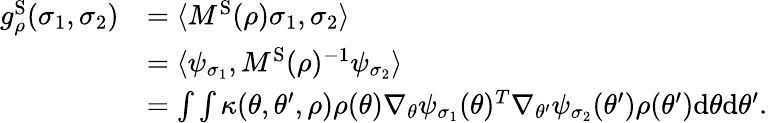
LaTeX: \begin{array}{rl}{g_{\rho}^{\mathrm{S}}(\sigma_{1},\sigma_{2})}&{=\langle M^{\mathrm{S}}(\rho)\sigma_{1},\sigma_{2}\rangle}\\ &{=\langle\psi_{\sigma_{1}},M^{\mathrm{S}}(\rho)^{-1}\psi_{\sigma_{2}}\rangle}\\ &{=\int\int\kappa(\theta,\theta^{\prime},\rho)\rho(\theta)\nabla_{\theta}\psi_{\sigma_{1}}(\theta)^{T}\nabla_{\theta^{\prime}}\psi_{\sigma_{2}}(\theta^{\prime})\rho(\theta^{\prime})\mathrm{d}\theta\mathrm{d}\theta^{\prime}.}\end{array}